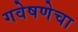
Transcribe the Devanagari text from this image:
गवेषणेचा